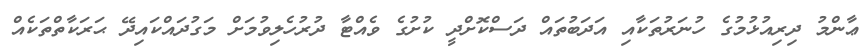
ޢާންމު ދިރިއުޅުމުގެ ހުނަރުތަކާއި އަދަބުތައް ދަސްކޮށްދީ ކުށުގެ ވެއްޓާ ދުރުހެލިވުމަށް މަގުދައްކައިދޭ ޙަރަކާތްތަކެއް